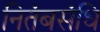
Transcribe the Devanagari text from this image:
नितंबसंधि